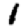
Digit: 1